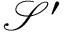
{ \mathcal { S } } ^ { \prime }